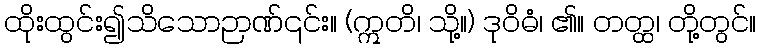
ထိုးထွင်း၍သိသောဉာဏ်၎င်း။ (ဣတိ၊ သို့။) ဒုဝိဓံ၊ ၏။ တတ္ထ၊ တို့တွင်။